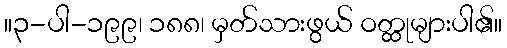
။၃-ပါ-၁၉၉၊ ၁၈၈၊ မှတ်သားဖွယ် ဝတ္ထုများပါ၏။